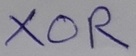
Text: XOR